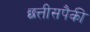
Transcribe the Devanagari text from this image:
छत्तीसपैकी